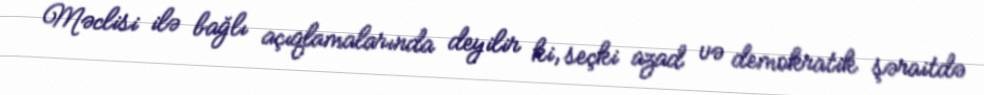
Məclisi ilə bağlı açıqlamalarında deyilir ki, seçki azad və demokratik şəraitdə